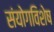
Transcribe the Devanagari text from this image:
संयोगविशेष